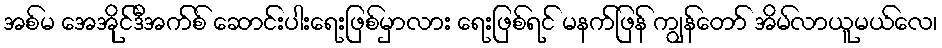
အစ်မ အေအိုင်ဒီအက်စ် ဆောင်းပါးရေးဖြစ်မှာလား ရေးဖြစ်ရင် မနက်ဖြန် ကျွန်တော် အိမ်လာယူမယ်လေ၊